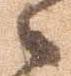
々